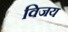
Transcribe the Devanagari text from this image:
विजय